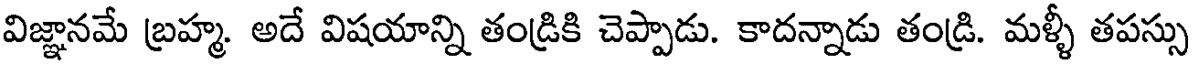
విజ్ఞానమే బ్రహ్మ. అదే విషయాన్ని తండ్రికి చెప్పాడు. కాదన్నాడు తండ్రి. మళ్ళీ తపస్సు